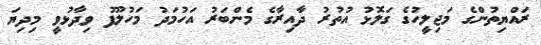
ރައްޔިތުންގެ މަޖިލީހުގެ ގަލޮޅު އުތުރު ދާއިރާގެ މެންބަރު އަހުމަދު މަހުލޫފު ވިދާޅުވީ މިދިޔަ